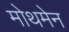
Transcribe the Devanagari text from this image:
मोथमेन